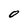
Character: 0